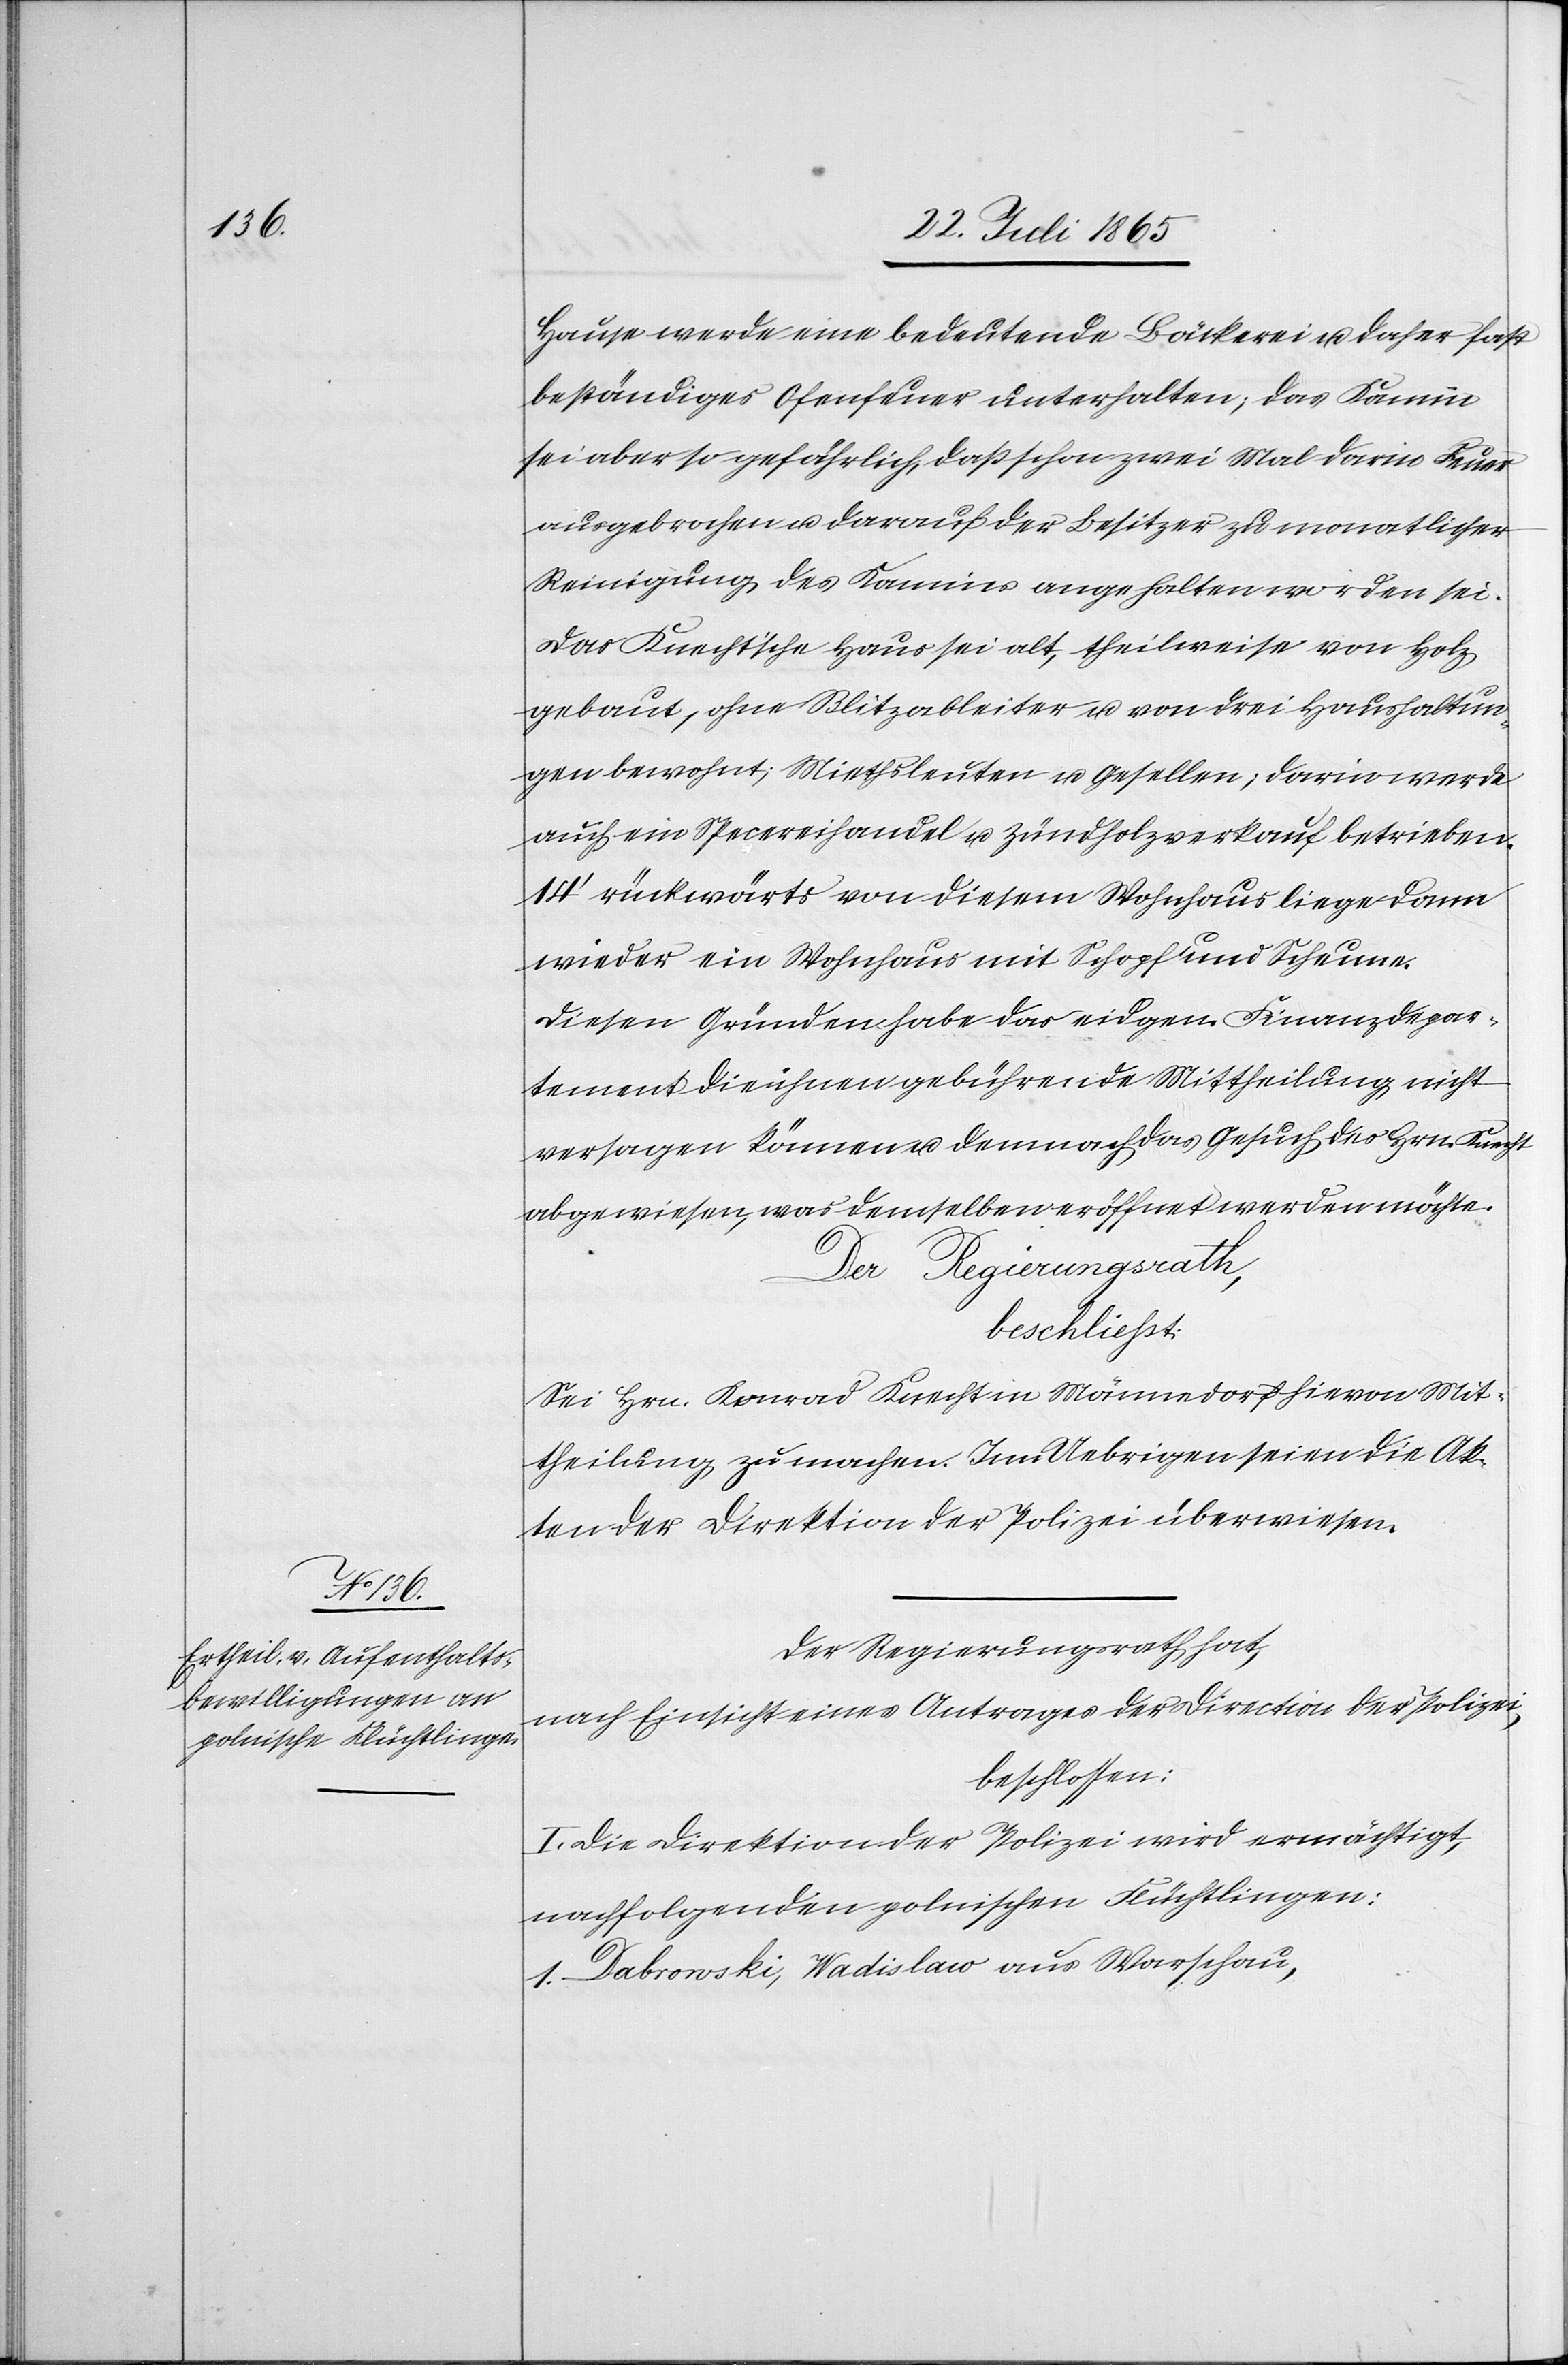
Hause werde eine bedeutende Bäckerei u. daher fast
beständiges Ofenfeuer unterhalten; das Kamin
sei aber so gefährlich, daß schon zwei Mal darin Feuer
ausgebrochen u. darauf der Besitzer zu monatlicher
Reinigung des Kamins angehalten worden sei.
Das Knecht’sche Haus sei alt, theilweise von Holz
gebaut, ohne Blitzableiter u. von drei Haushaltun¬
gen bewohnt; Miethsleuten u. Gesellen; darin werde
auch ein Specereihandel u. Zündholzverkauf betrieben.
14’ rückwärts von diesem Wohnhaus liege dann
wieder ein Wohnhaus mit Schopf und Scheune.
Diesen Gründen habe das eidgen. Finanzdepar¬
tement die ihnen gebührende Mittheilung nicht
versagen können u. demnach das Gesuch des Hrn. Knecht
abgewiesen, was demselben eröffnet werden möchte.
Der Regierungsrath,
beschließt:
Sei Hrn. Konrad Knecht in Männedorf hievon Mit¬
theilung zu machen. Im Uebrigen seien die Ak¬
ten der Direktion der Polizei überwiesen.
Der Regierungsrath hat,
nach Einsicht eines Antrages der Direction der Polizei,
beschlossen:
I. Die Direktion der Polizei wird ermächtigt,
nachfolgenden polnischen Flüchtlingen:
1. Dabrowski, Wadislaw aus Warschau,